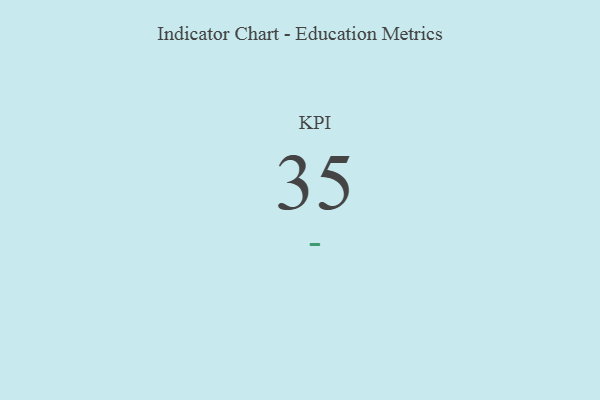
{"axis": {"x": "KPI", "y": "Value"}, "legend": [""], "data": [{"x": "KPI", "y": 35, "type": ""}]}